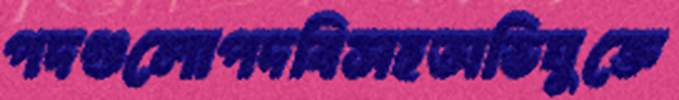
পদগুলোপদবিসহঅভিযুক্তে